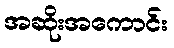
အဆိုးအကောင်း